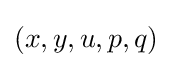
(x,y,u,p,q)